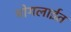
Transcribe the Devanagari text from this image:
मोगलाईत